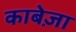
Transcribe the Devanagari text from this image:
काबेज़ा